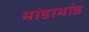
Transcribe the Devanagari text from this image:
भांडाभांड